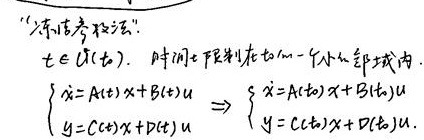
“冻结参数法”：\(t\in U(t_{0})\)，时间\(t\)限制在\(t_{0}\)一个小邻域内。
\(\begin{cases}\dot{x} = A(t)x + B(t)u\\y = C(t)x + D(t)u\end{cases}\Rightarrow\begin{cases}\dot{x} = A(t_{0})x + B(t_{0})u\\y = C(t_{0})x + D(t_{0})u\end{cases}\)